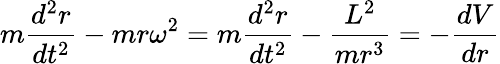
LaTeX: m{\frac{d^{2}r}{dt^{2}}}-mr\omega^{2}=m{\frac{d^{2}r}{dt^{2}}}-{\frac{L^{2}}{mr^{3}}}=-{\frac{dV}{dr}}